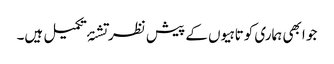
جو ابھی ہماری کوتاہیوں کے پیش نظر تشنۂ تکمیل ہیں۔